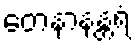
တေနာနန္တရံ